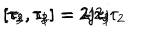
[ \tau _ { 1 } , \tau _ { 2 } ] = 2 \mathrm { j } \tau _ { 3 } \hspace { 6 m m } [ \tau _ { 2 } , \tau _ { 3 } ] = 2 \mathrm { j } \tau _ { 1 } \hspace { 6 m m } [ \tau _ { 3 } , \tau _ { 1 } ] = - 2 \mathrm { j } \tau _ { 2 }